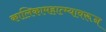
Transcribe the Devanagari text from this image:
कालिकामहात्म्यावरून